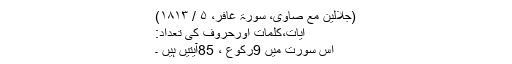
(جلالین مع صاوی، سورۃ غافر، ۵ / ۱۸۱۳)
آیات،کلمات اورحروف کی تعداد:
اس سورت میں 9رکوع ، 85آیتیں ہیں ۔